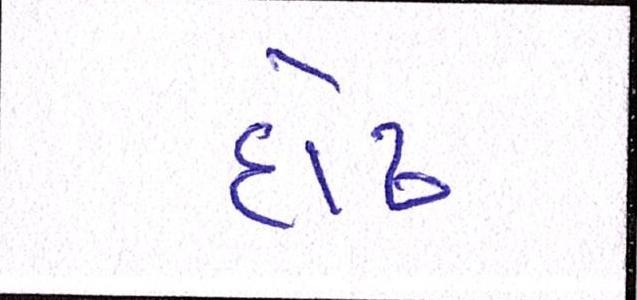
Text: દોઢ